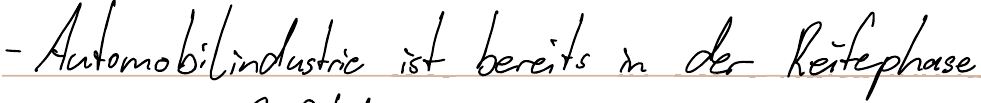
- Automobilindustrie ist bereits in der Reifephase